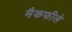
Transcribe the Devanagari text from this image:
मैकफीले